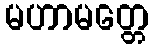
မဟာမတ္တေ